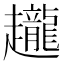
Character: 𧾪